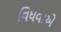
વિધવાએ